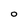
Character: O